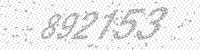
Solution: 892153